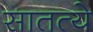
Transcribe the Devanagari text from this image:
सातत्ये